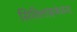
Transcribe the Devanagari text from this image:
सिविलाइजेशन।